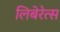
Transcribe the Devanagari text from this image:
लिबेरेत्स